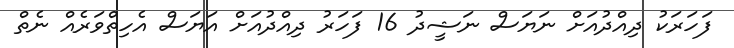
ފަހަރަކު ދިއްދުއަށް ނަޔަސް ނަޝީދު 16 ފަހަރު ދިއްދުއަށް އަޔަސް އެހިތްވަރެއް ނެތް